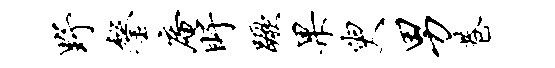
野鏊庵盱蹶果臾男巷